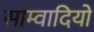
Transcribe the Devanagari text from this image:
साम्वादियों